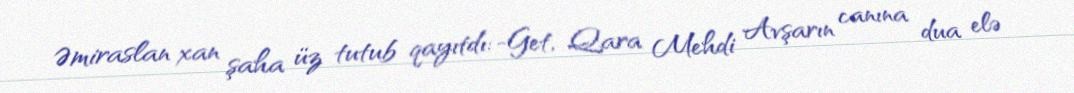
Əmiraslan xan şaha üz tutub qayıtdı: -Get, Qara Mehdi Avşarın canına dua elə